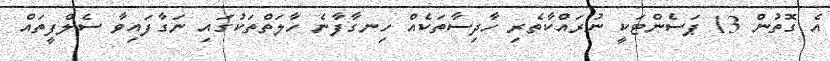
އެ ގޮތުން 13 ޕަސެންޓަކީ ނުރައްކާތެރި ހާދިސާތަކެއް ހިނގާފާނެ ހާލަތްތަކުގައި ނަގާފައިވާ ސެލްފީތައް